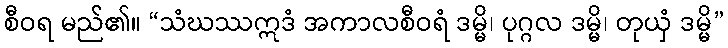
စီဝရ မည်၏။ “သံဃဿဣဒံ အကာလစီဝရံ ဒမ္မိ၊ ပုဂ္ဂလ ဒမ္မိ၊ တုယှံ ဒမ္မိ”